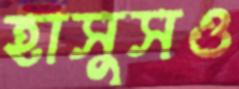
হাসুসও